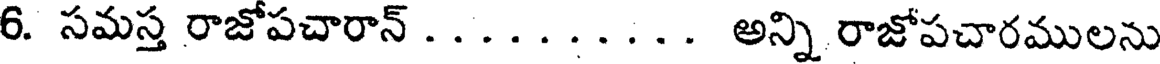
6. సమస్త రాజోపచారాన్ . . . . . . . . . . అన్ని రాజోపచారములను